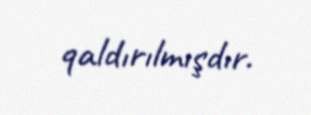
qaldırılmışdır.